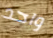
واحد